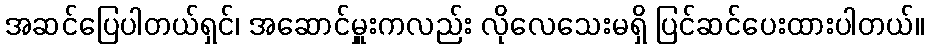
အဆင်ပြေပါတယ်ရှင်၊ အဆောင်မှူးကလည်း လိုလေသေးမရှိ ပြင်ဆင်ပေးထားပါတယ်။